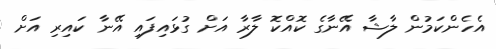
އެހެންކަމުން ލާޝާ އޭނާގެ ކޮއްކޮ ލާރާ އަށް ގުޅައިފައި އޭނާ ކައިރި އަށް